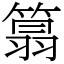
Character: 䈳